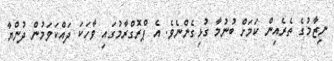
ނިޒާމުގެ ތެރެއިން ކަމަށް ބުނުމާ ގުޅިގެންނެވެ. އެ ޕްރޮގްރާމުގައި ވާހަކަ ދައްކަވަމުން ދުންޔާ